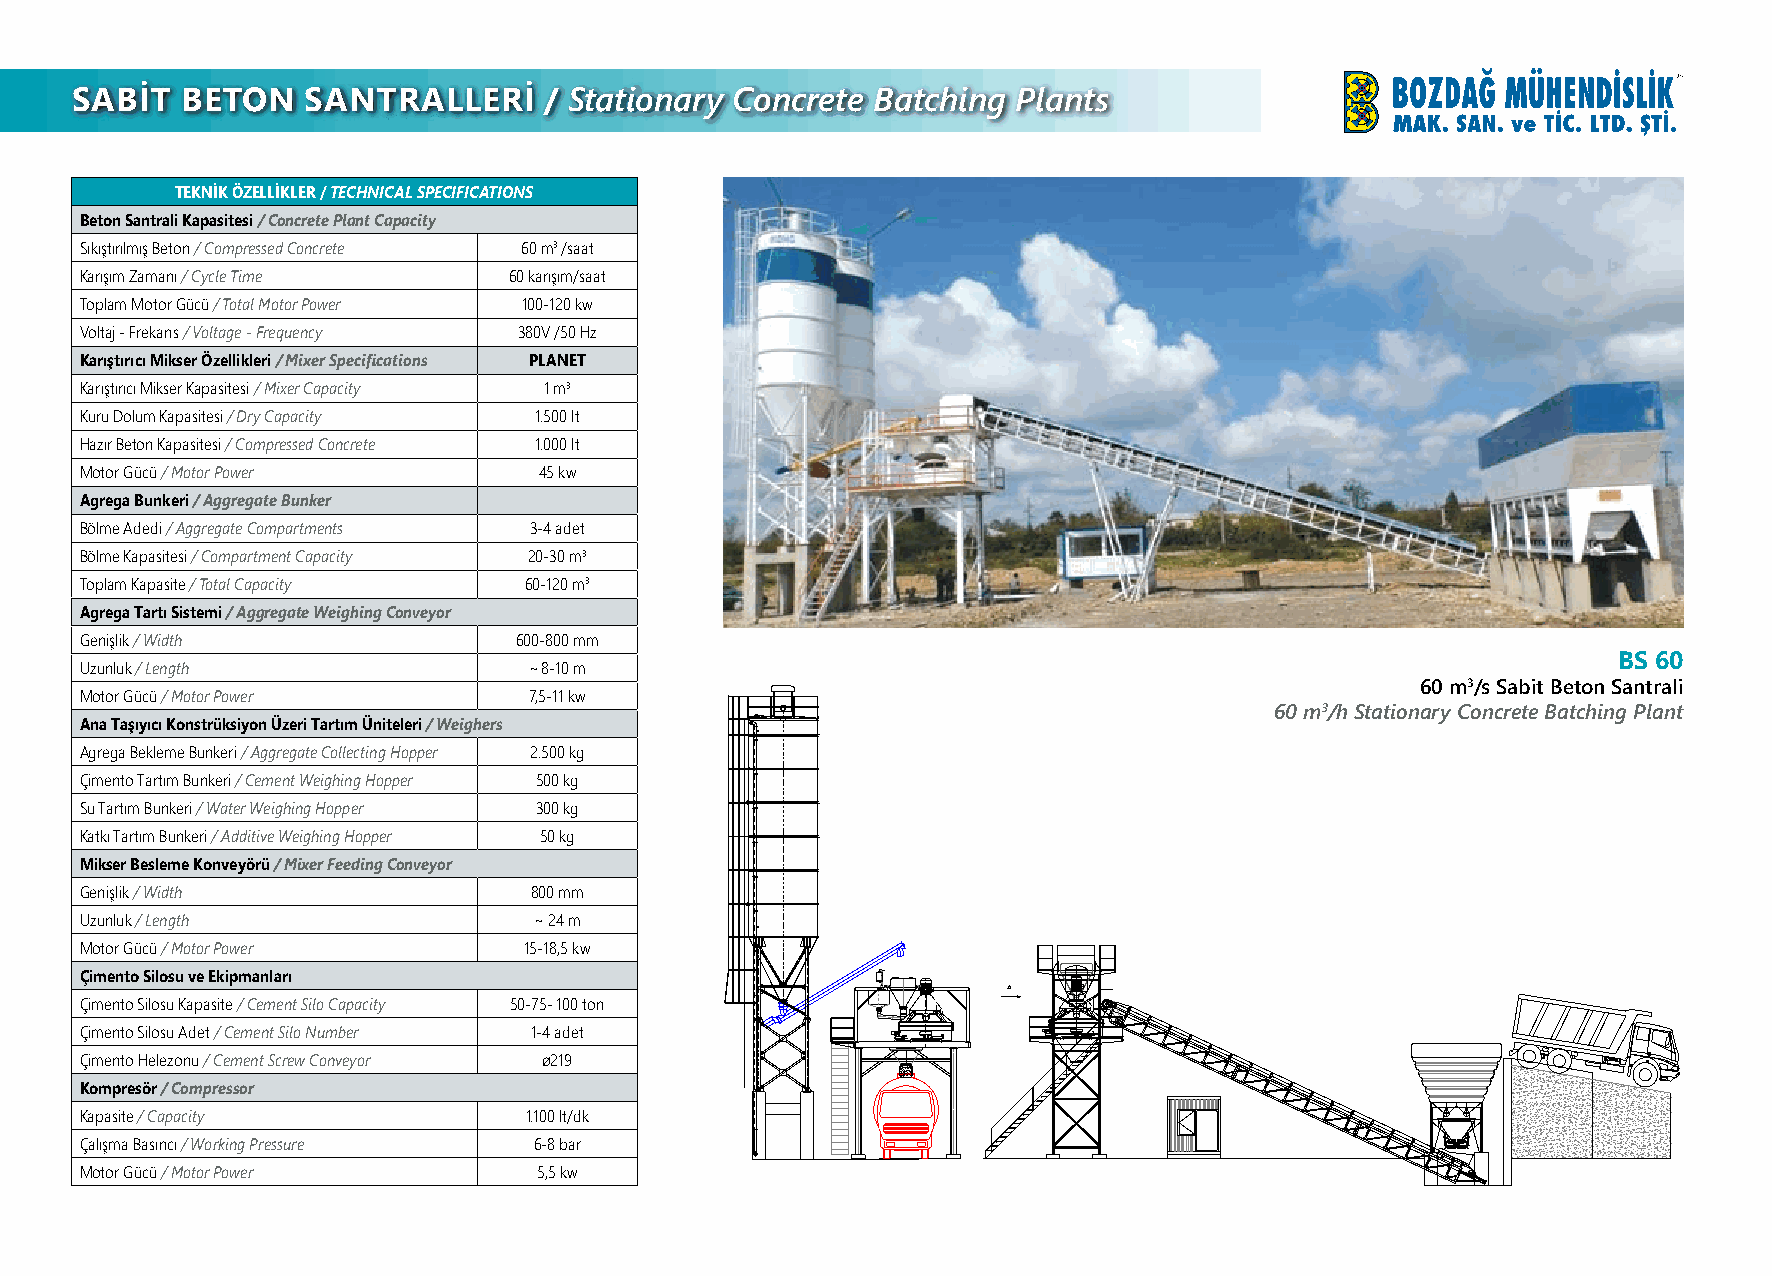
SABİT  BETON   SANTRALLERİ     / Stationary Concrete Batching Plants
 TEKNİK ÖZELLİKLER / TECHNICAL SPECIFICATIONS
 Beton Santrali Kapasitesi / Concrete Plant Capacity
 Sıkıştırılmış Beton / Compressed Concrete 60 m3 /saat
 Karışım Zamanı / Cycle Time  60 karışım/saat
 Toplam Motor Gücü / Total Motor Power 100-120 kw
 Voltaj - Frekans / Voltage - Frequency 380V /50 Hz
 Karıştırıcı Mikser Özellikleri / Mixer Specifications PLANET
 Karıştırıcı Mikser Kapasitesi / Mixer Capacity 1 m3
 Kuru Dolum Kapasitesi / Dry Capacity 1.500 lt
 Hazır Beton Kapasitesi / Compressed Concrete 1.000 lt
 Motor Gücü / Motor Power       45 kw
 Agrega Bunkeri / Aggregate Bunker
 Bölme Adedi / Aggregate Compartments 3-4 adet
 Bölme Kapasitesi / Compartment Capacity 20-30 m3
 Toplam Kapasite / Total Capacity 60-120 m3
 Agrega Tartı Sistemi / Aggregate Weighing Conveyor
 Genişlik / Width             600-800 mm
 BS 60
 Uzunluk / Length              ~ 8-10 m
 60 m3/s Sabit Beton Santrali
 Motor Gücü / Motor Power      7,5-11 kw
 60 m3/h Stationary Concrete Batching Plant
 Ana Taşıyıcı Konstrüksiyon Üzeri Tartım Üniteleri / Weighers
 Agrega Bekleme Bunkeri / Aggregate Collecting Hopper 2.500 kg
 Çimento Tartım Bunkeri / Cement Weighing Hopper 500 kg
 Su Tartım Bunkeri / Water Weighing Hopper 300 kg
 Katkı Tartım Bunkeri / Additive Weighing Hopper 50 kg
 Mikser Besleme Konveyörü / Mixer Feeding Conveyor
 Genişlik / Width              800 mm
 Uzunluk / Length              ~ 24 m
 Motor Gücü / Motor Power      15-18,5 kw
 Çimento Silosu ve Ekipmanları
 Çimento Silosu Kapasite / Cement Silo Capacity 50-75- 100 ton
 Çimento Silosu Adet / Cement Silo Number 1-4 adet
 Çimento Helezonu / Cement Screw Conveyor ø219
 Kompresör / Compressor
 Kapasite / Capacity           1.100 lt/dk
 Çalışma Basıncı / Working Pressure 6-8 bar
 Motor Gücü / Motor Power       5,5 kw